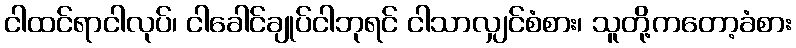
ငါထင်ရာငါလုပ်၊ ငါခေါင်ချုပ်ငါဘုရင် ငါသာလျှင်စံစား၊ သူတို့ကတော့ခံစား